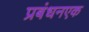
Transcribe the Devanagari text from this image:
प्रबंधनएक